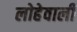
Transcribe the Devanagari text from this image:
लोहेवाली